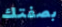
بصفتك